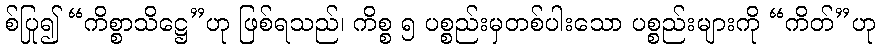
စ်ပြု၍ “ကိစ္စာသိဋ္ဌေ”ဟု ဖြစ်ရသည်၊ ကိစ္စ ၅ ပစ္စည်းမှတစ်ပါးသော ပစ္စည်းများကို “ကိတ်”ဟု